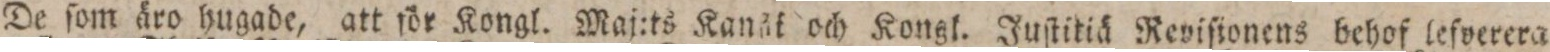
De ſom äro hugade, att för Kongl. Maj:ts Kanät och Kongl. Juſtitiä Reviſtonens behof lefverera